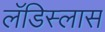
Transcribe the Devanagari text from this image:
लॅडिस्लास